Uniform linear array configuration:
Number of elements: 64
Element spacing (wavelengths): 0.25
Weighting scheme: kaiser
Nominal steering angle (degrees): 0
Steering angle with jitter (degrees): -1.643
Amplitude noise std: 0.05
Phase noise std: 0.05

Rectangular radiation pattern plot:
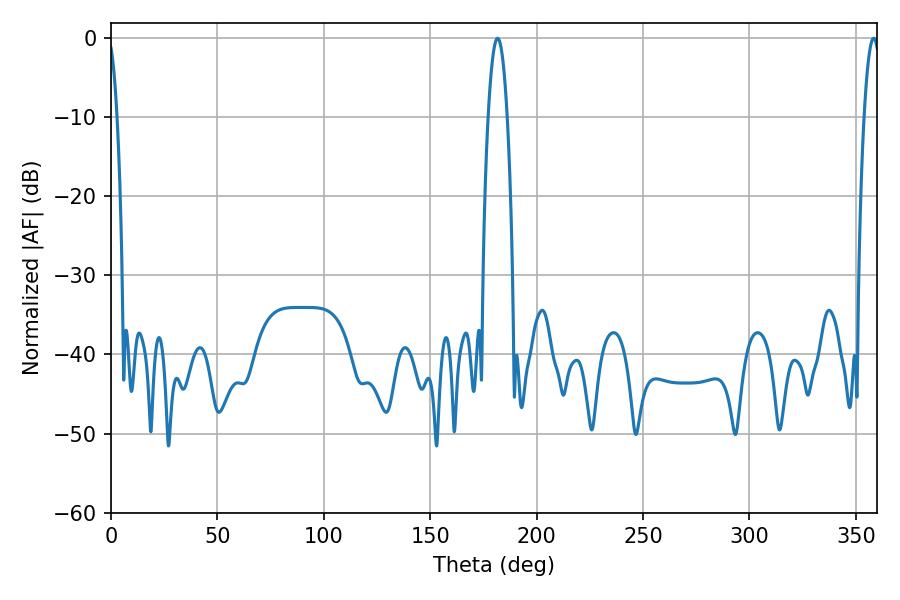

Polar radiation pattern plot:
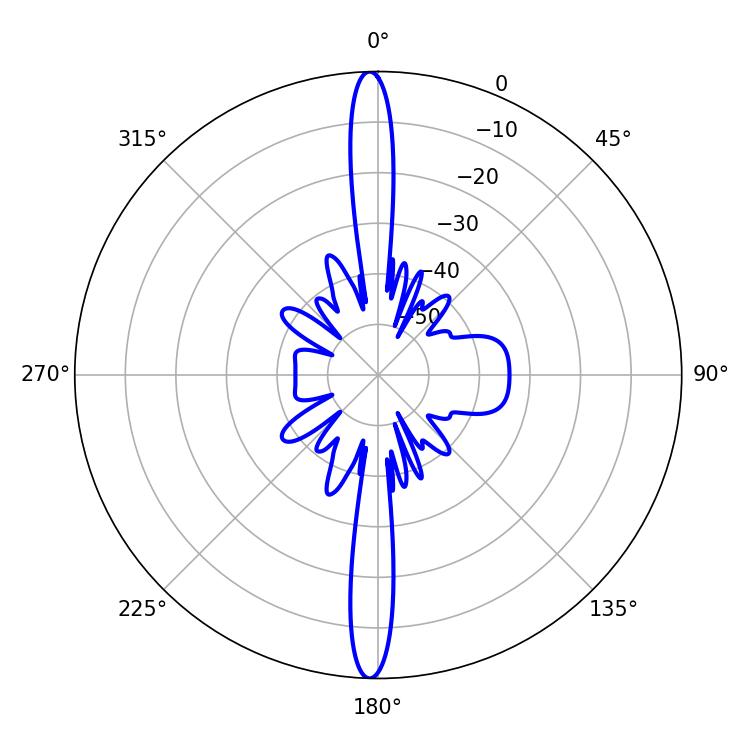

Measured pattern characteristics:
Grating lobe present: FALSE
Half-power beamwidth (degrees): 4.14
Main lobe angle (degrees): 358.38